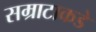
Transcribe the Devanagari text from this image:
सम्राटाकडे